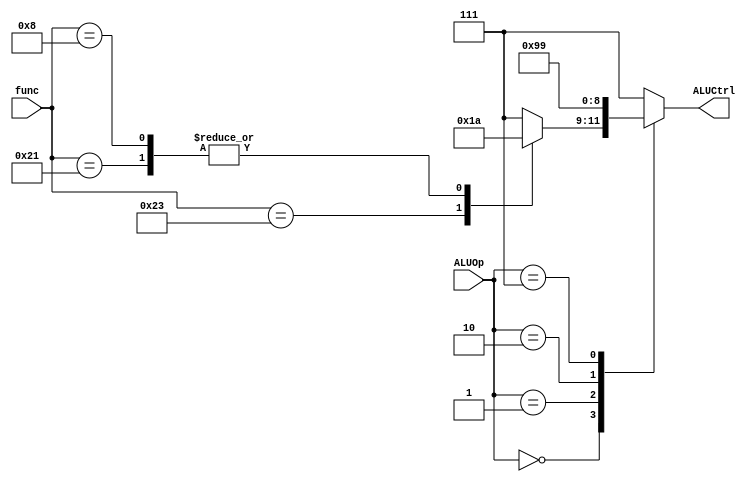
`timescale 1ns / 1ps
//////////////////////////////////////////////////////////////////////////////////
// Company: 
// Engineer: 
// 
// Design Name: 
// Module Name:    aluController 
// Project Name: 
// Target Devices: 
// Tool versions: 
// Description: 
//
// Dependencies: 
//
// Revision: 
// Revision 0.01 - File Created
// Additional Comments: 
//
//////////////////////////////////////////////////////////////////////////////////
module aluController(
    input [2:0] ALUOp,
    input [5:0] func,
    output reg[2:0] ALUCtrl
    );

	always@(*)begin
		case (ALUOp)
			3'b000: begin
				case(func)
					6'b100001: ALUCtrl<=3'b010;
					6'b100011: ALUCtrl<=3'b011;
					6'b001000: ALUCtrl<=3'b010;
					default :  ALUCtrl<=3'b111;
				endcase
			end
			3'b001: ALUCtrl<=3'b010;
			3'b010: ALUCtrl<=3'b011;
			3'b011: ALUCtrl<=3'b111;
			3'b111: ALUCtrl<=3'b001;
			default: ALUCtrl<=3'b111;
		endcase
	end

endmodule